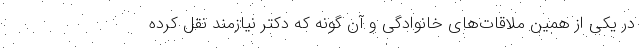
در یکی از همین ملاقات‌های خانوادگی و آن گونه که دکتر نیازمند نقل کرده